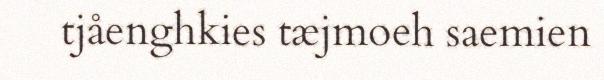
tjåenghkies tæjmoeh saemien